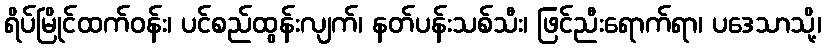
ရိပ်မြိုင်ထက်ဝန်း၊ ပင်စည်ထွန်းလျက်၊ နတ်ပန်းသစ်သီး၊ ဖြင်ညီးရောက်ရာ၊ ပဒေသာသို့၊